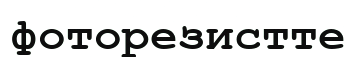
фоторезистте